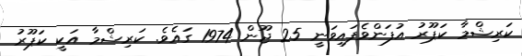
ކަރިޝްމާ ކަޕޫރު އުފަންވެފައިވަނީ 25 ޖޫން 1974 ގައެވެ. ކަރިޝްމާ އަކީ ކަޕޫރު